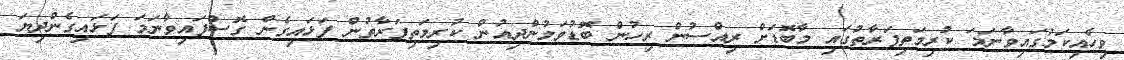
ވިހެއިކަމުގައިވާނަމަ ކުރިމަތިފަރާތުގައި މާބޮޑަށް ރިއްސުން ރިހުން ބޮޑުވަމުންދިއުން ކުރިމަތިފަރާތުން ފަޅައިގެން ގޮސްފައިވާނަމަ ފަޅައިގެންދިޔަ